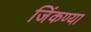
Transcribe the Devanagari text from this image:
जिंकण्या